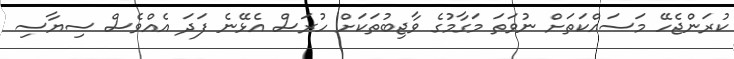
ކުރަންޖެހޭ މަސައްކަތަށް ނުވަތަ މަގާމުގެ ވާޖިބުތަކަށް ހުރަސް އެޅޭނެ ފަދަ އެއްވެސް ސިޔާސި